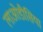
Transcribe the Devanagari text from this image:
लाओडीसिया